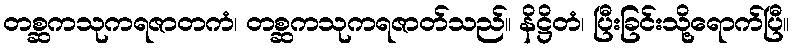
တစ္ဆကသုကရဇာတကံ၊ တစ္ဆကသုကရဇာတ်သည်။ နိဋ္ဌိတံ၊ ပြီးခြင်းသို့ရောက်ပြီ။